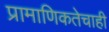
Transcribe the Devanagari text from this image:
प्रामाणिकतेचाही